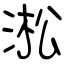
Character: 淞